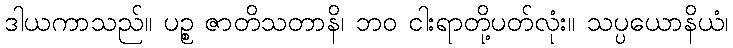
ဒါယကာသည်။ ပဉ္စ ဇာတိသတာနိ၊ ဘဝ ငါးရာတို့ပတ်လုံး။ သပ္ပယောနိယံ၊